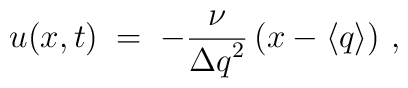
u(x,t) \; = \; -\frac{\nu}{{\Delta q}^2}\left( x-\langle q\rangle \right) \, ,